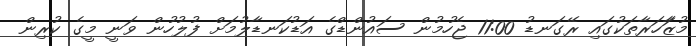
މުޒާަހަރާތަކުގައި ރޭގަނޑު 11:00 ޖެހުމުން ސައުންޑްގެ އަޑުކަނޑާލުމަށް ފުލުހުން ވަނީ މީގެ ކުރިން